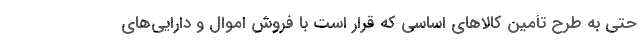
حتی به طرح تأمین کالاهای اساسی که قرار است با فروش اموال و دارایی‌های